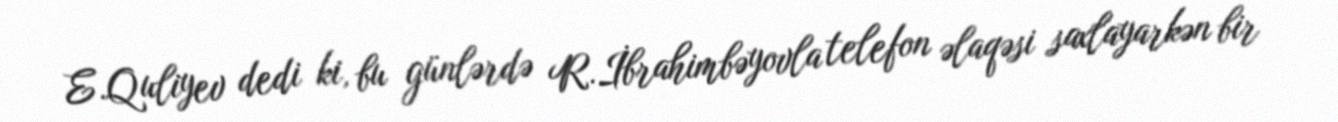
E.Quliyev dedi ki, bu günlərdə R.İbrahimbəyovla telefon əlaqəsi saxlayarkən bir